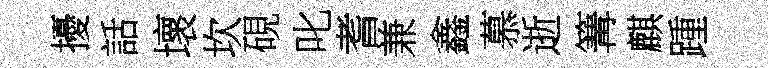
擾話壞坎硯叱耆兼鑫慕逝篝麒踵